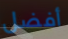
أفضل